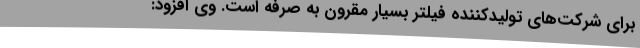
برای شرکت‌های تولیدکننده فیلتر بسیار مقرون به صرفه است. وی ‌افزود: